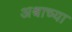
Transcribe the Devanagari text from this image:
अश्वाच्या